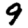
Digit: 9